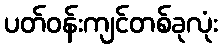
ပတ်ဝန်းကျင်တစ်ခုလုံး